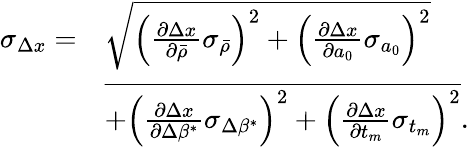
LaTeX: \begin{array}{rl}{\sigma_{\Delta x}=}&{\sqrt{\left(\frac{\partial\Delta x}{\partial\bar{\rho}}\sigma_{\bar{\rho}}\right)^{2}+\left(\frac{\partial\Delta x}{\partial a_{0}}\sigma_{a_{0}}\right)^{2}}}\\ &{\overline{{+\left(\frac{\partial\Delta x}{\partial\Delta\beta^{*}}\sigma_{\Delta\beta^{*}}\right)^{2}+\left(\frac{\partial\Delta x}{\partial t_{m}}\sigma_{t_{m}}\right)^{2}}}.}\end{array}